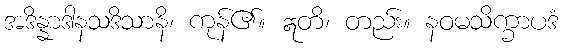
အဒိန္နာဒါနသဒိသာနိ၊ ကုန်၏။ ဣတိ၊ တည်း။ နဝမသိက္ခာပဒံ